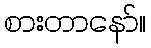
စားတာနော်။